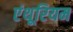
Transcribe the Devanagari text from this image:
एंथूरियम